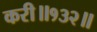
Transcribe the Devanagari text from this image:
करी॥१३२॥